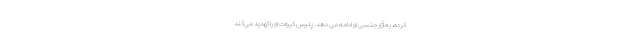
‌کرده، به آزار جنسی او ادامه می دهد. پلیس کروات او را تهدید می‌کند